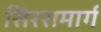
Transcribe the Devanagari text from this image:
सिरसमार्ग